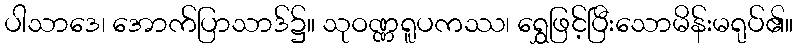
ပါသာဒေ၊ အောက်ပြာသာဒ်၌။ သုဝဏ္ဏရူပကဿ၊ ရွှေဖြင့်ပြီးသောမိန်းမရုပ်၏။